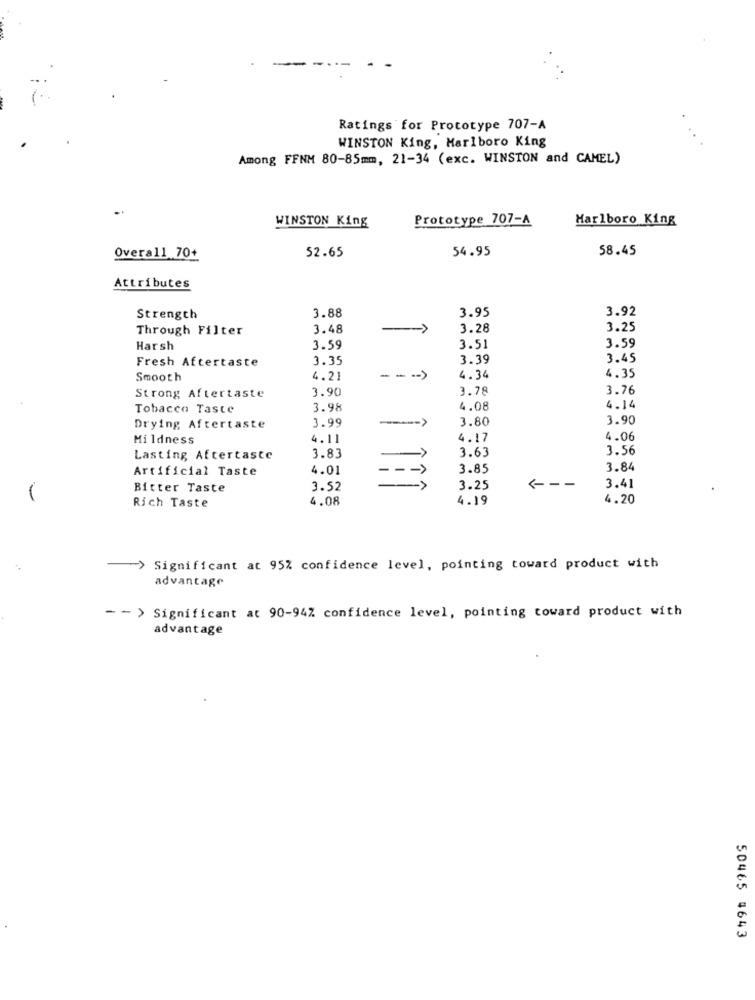
--
Ratings for Prototype 707-A
WINSTON King, Marlboro King
Among FFNM 80-85mm, 21-34 (exc. WINSTON and CAMEL)
Prototype 707-A
Marlboro King
WINSTON King
52.65
54.95
58.45
Overall 70+
Attributes
3.88
3.95
3.92
Strength
Through Filter
3.48
3.28
3.25
3.59
Harsh
3.59
3.51
Fresh Aftertaste
3.35
3.39
3.45
4.35
Smooth
4.21
---
4.34
3.90
3.78
3.76
Strong Aftertaste
Tobacco Taste
3.98
4.08
4.14
3.99
3.80
3.90
Drying Aftertaste
Mildness
4.11
4.17
4.06
3.83
3.63
3.56
Lasting Aftertaste
Artificial Taste
4.01
3.85
3.84
->
<--
Bitter Taste
3.52
3.25
3.41
-
Rich Taste
4.08
4.19
4.20
-- > Significant at 95% confidence level, pointing toward product with
advantage
- - > Significant at 90-94% confidence level, pointing toward product with
advantage
50465 4643